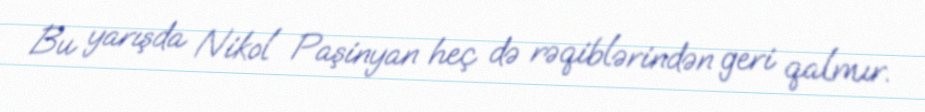
Bu yarışda Nikol Paşinyan heç də rəqiblərindən geri qalmır.